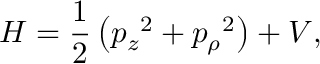
H = \frac { 1 } { 2 } \left( { p _ { z } } ^ { 2 } + { p _ { \rho } } ^ { 2 } \right) + V ,